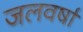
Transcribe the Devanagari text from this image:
जलवर्षा